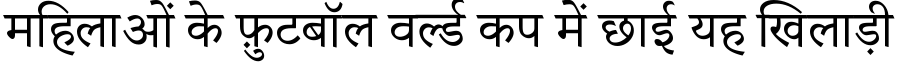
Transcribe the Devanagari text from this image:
महिलाओं के फ़ुटबॉल वर्ल्ड कप में छाई यह खिलाड़ी